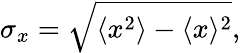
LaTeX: \sigma_{x}={\sqrt{\langle{x}^{2}\rangle-\langle{x}\rangle^{2}}},